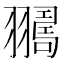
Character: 𦒛